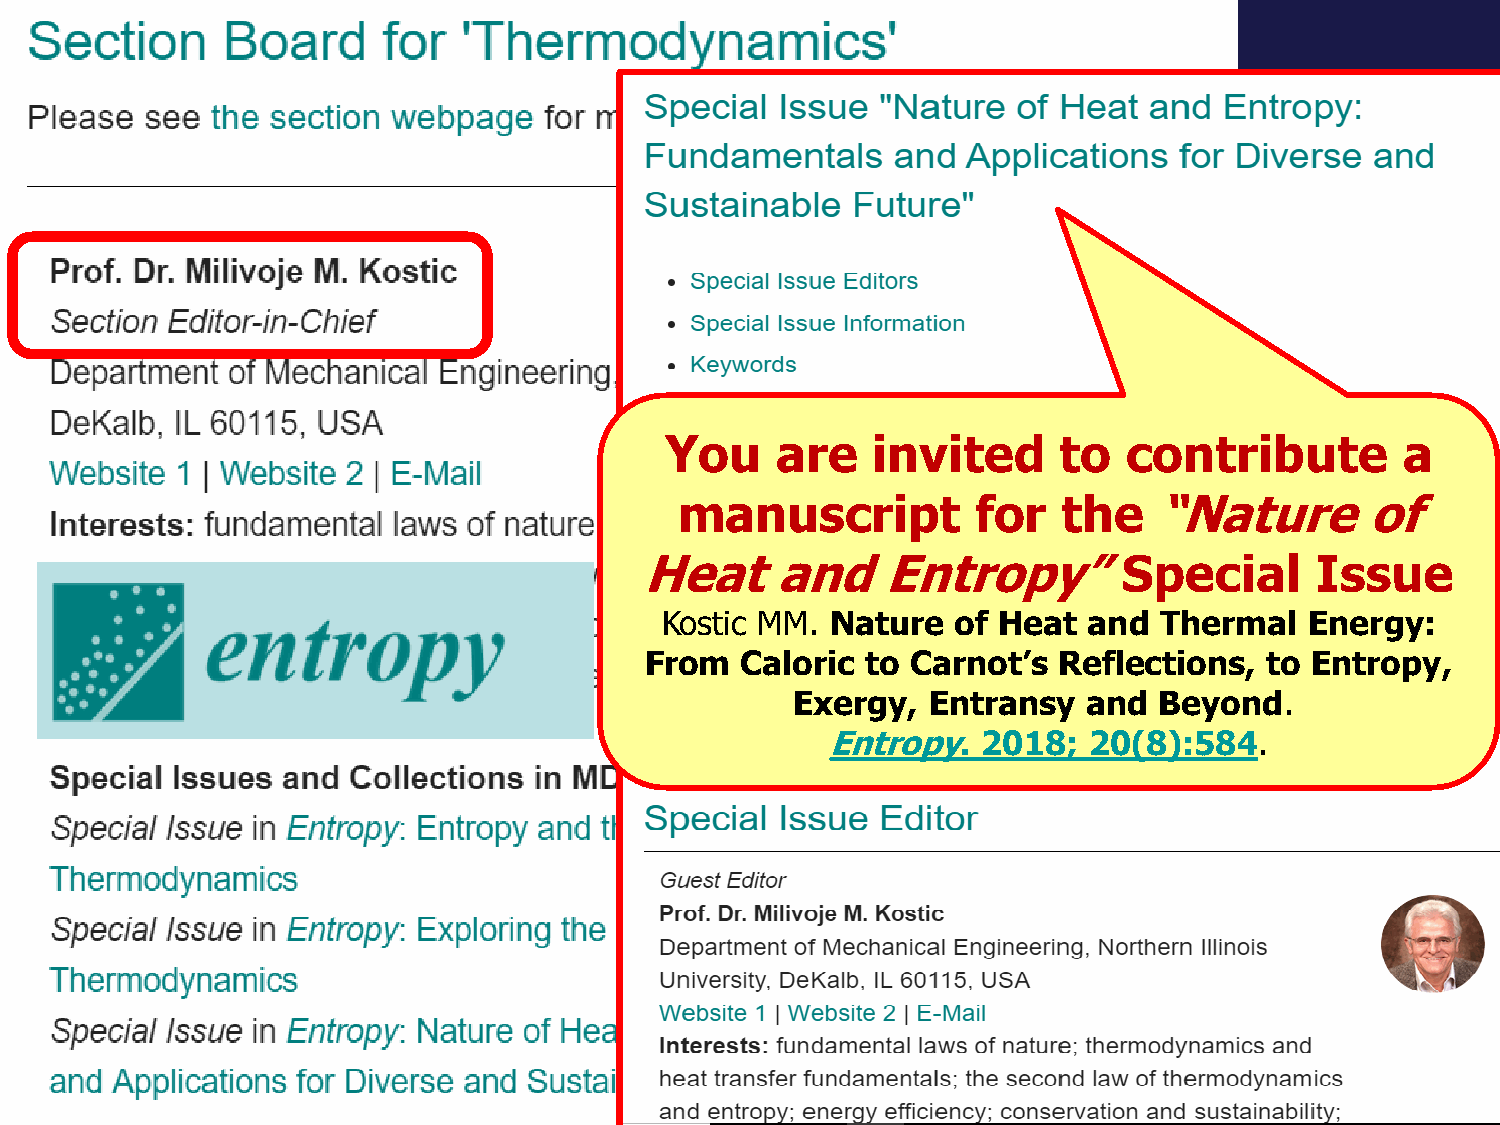
You    are    invited     to   contribute        a
 manuscript          for  the   “Nature       of
 Heat     and    Entropy”Special              Issue
 Kostic MM. Nature  of Heat  and  Thermal   Energy:
 From  Caloric to Carnot’s  Reflections,  to Entropy,
 Exergy,  Entransy   and  Beyond.
 Entropy.  2018;  20(8):584.
 •www.kostic.niu.edu                                Slide 15